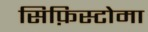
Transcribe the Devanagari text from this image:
सिफ़िस्टोमा